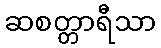
ဆစတ္တာရီသာ